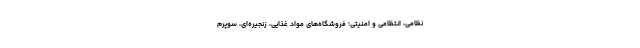
نظامی، انتظامی و امنیتی؛ فروشگاه‌های مواد غذایی، زنجیره‌ای، سوپرم